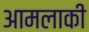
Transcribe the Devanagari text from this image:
आमलाकी